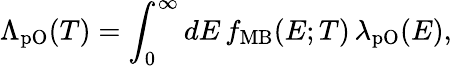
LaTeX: \Lambda_{\mathrm{pO}}(T)=\int_{0}^{\infty}dE\, f_{\mathrm{MB}}(E;T)\, \lambda_{\mathrm{pO}}(E),